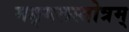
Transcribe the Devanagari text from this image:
मङ्गलस्तोत्रम्